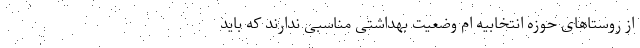
از روستاهای حوزه انتخابیه ام وضعیت بهداشتی مناسبی ندارند که باید